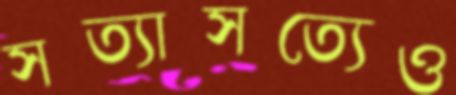
সত্যাসত্যেও